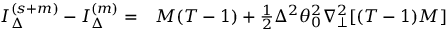
\begin{array} { r l } { I _ { \Delta } ^ { ( s + m ) } - I _ { \Delta } ^ { ( m ) } = } & { { } M ( T - 1 ) + \frac { 1 } { 2 } \Delta ^ { 2 } \theta _ { 0 } ^ { 2 } \nabla _ { \perp } ^ { 2 } [ ( T - 1 ) M ] } \end{array}